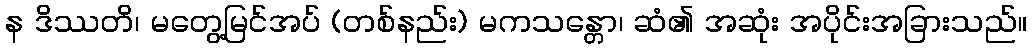
န ဒိဿတိ၊ မတွေ့မြင်အပ် (တစ်နည်း) မကသန္တော၊ ဆံ၏ အဆုံး အပိုင်းအခြားသည်။